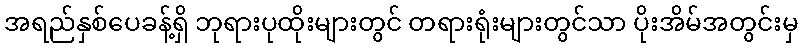
အရည်နှစ်ပေခန့်ရှိ ဘုရားပုထိုးများတွင် တရားရုံးများတွင်သာ ပိုးအိမ်အတွင်းမှ